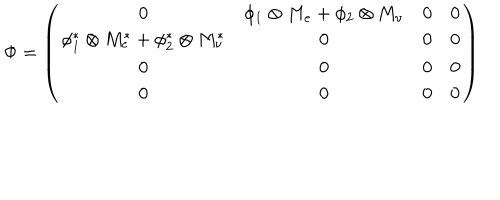
LaTeX: \Phi = \left( \begin{array} { c c c c } { { 0 } } & { { \phi _ { 1 } \otimes M _ { e } + \phi _ { 2 } \otimes M _ { \nu } } } & { { 0 } } & { { 0 } } \\ { { \phi _ { 1 } ^ { * } \otimes M _ { e } ^ { * } + \phi _ { 2 } ^ { * } \otimes M _ { \nu } ^ { * } } } & { { 0 } } & { { 0 } } & { { 0 } } \\ { { 0 } } & { { 0 } } & { { 0 } } & { { 0 } } \\ { { 0 } } & { { 0 } } & { { 0 } } & { { 0 } } \\ \end{array} \right)